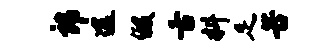
郎途假舌料足苦